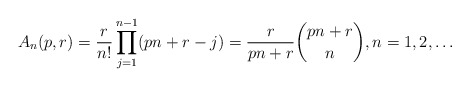
\begin{align*}A_n(p,r) = \frac{r}{n!} \prod_{j=1}^{n-1} (pn+r-j)= \frac{r}{pn+r} \binom{pn+r}{n},n=1,2,\ldots\end{align*}